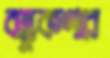
বস্তুকণার